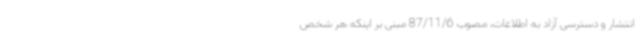
انتشار و دسترسی آزاد به اطلاعات، مصوب 87/11/6 مبنی بر اینکه هر شخص